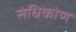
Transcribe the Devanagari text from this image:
संधिकोण